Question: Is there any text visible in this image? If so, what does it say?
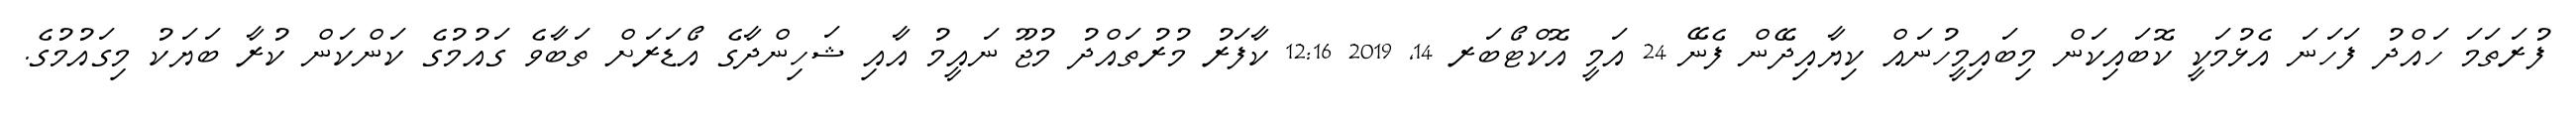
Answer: ފުރަތަމަ ހައްދު ފަހަނަ އެޅުމަކީ ކޮބައިކަން މިބައިމީހުނައް ކިޔާއިދޭން ފެނޭ 24 އަމީ އޮކްޓޯބަރ 14, 2019 12:16 ކާފަރު މުރުތައްދު މުޖޫ ނައީމު އާއި ޝަހިންދާގެ އޯޑަރަށް ތަބާވެ ގައުމުގެ ކަންކަން ކުރާ ބަޔަކު މިގައުމުގެ.